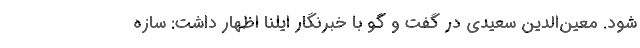
شود. معین‌الدین سعیدی در گفت و گو با خبرنگار ایلنا اظهار داشت: سازه